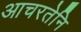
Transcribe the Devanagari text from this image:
आचरतेनि